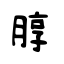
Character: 朜